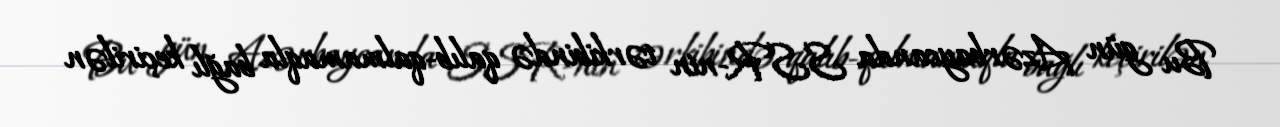
Bu gün Azərbaycanda SSR-nin tərkibində qalıb-qalmamaqla bağlı keçirilən